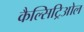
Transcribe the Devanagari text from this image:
कैल्सिट्रिओल